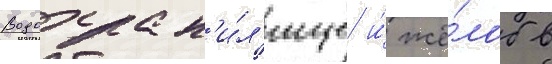
Водохран'и́л'ище и́ жё́лоб в